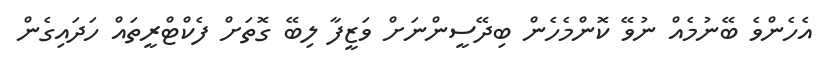
އެހެންވެ ބޭނުމެއް ނުވޭ ކޮންމެހެން ބިދޭސީންނަށް ވަޒީފާ ލިބޭ ގޮތަށް ފެކްޓްރީތައް ހަދައިގެން